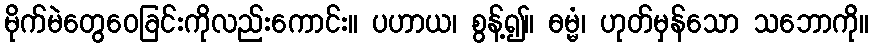
မိုက်မဲတွေဝေခြင်းကိုလည်းကောင်း။ ပဟာယ၊ စွန့်၍။ ဓမ္မံ၊ ဟုတ်မှန်သော သဘောကို။